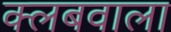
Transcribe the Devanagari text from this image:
क्लबवाला